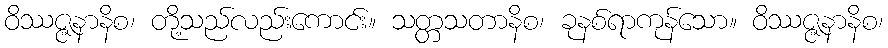
ဝိဿဇ္ဇနာနိစ၊ တို့သည်လည်းကောင်း။ သတ္တသတာနိစ၊ ခုနစ်ရာကုန်သော။ ဝိဿဇ္ဇနာနိစ၊